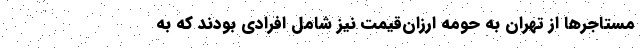
مستاجرها از تهران به حومه ارزان‌‌قیمت نیز شامل افرادی بودند که به